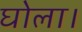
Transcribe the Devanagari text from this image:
घोला।